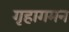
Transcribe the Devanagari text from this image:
गृहागमन